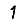
Digit: 1